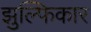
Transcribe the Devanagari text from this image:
झुल्फिकार